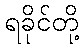
ရခိုင်တို့